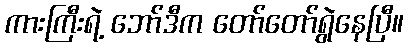
ကားကြီးရဲ့ ဘော်ဒီက တော်တော်ရွဲနေပြီ။